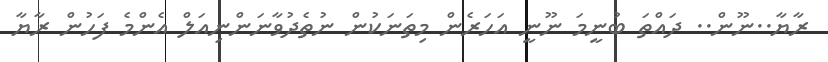
ރާޔާ..ނޫން.. ދައްތަ ބުނީމަ ނޫނީ އަހަރެން މިތަނަކުން ނުތެދުވާނަންނިއަލް އެންމެ ފަހުން ރާޔާ